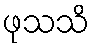
ဖုသသိ